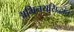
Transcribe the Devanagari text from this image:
अभिनयसिद्धांत